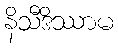
နိသီဒိဿာမ